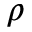
\rho